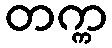
တက္က